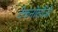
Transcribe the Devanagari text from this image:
टेकनोलौजी